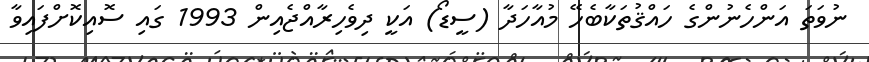
ނުވަތަ އަންހެނުންގެ ހައްޤުތަކާބެހޭ މުއާހަދާ (ސީޑޯ) އަކީ ދިވެހިރާއްޖެއިން 1993 ގައި ސޮއިކޮށްފައިވާ